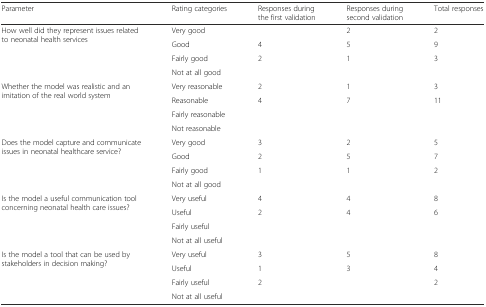
| Parameter | Rating categories | Responses during the first validation | Responses during second validation | Total responses |
 | --- | --- | --- | --- | --- |
 | <ROWSPAN=4> How well did they represent issues related to neonatal health services | Very good |  | 2 | 2 |
 | Good | 4 | 5 | 9 |
 | Fairly good | 2 | 1 | 3 |
 | Not at all good |  |  |  |
 | <ROWSPAN=4> Whether the model was realistic and an imitation of the real world system | Very reasonable | 2 | 1 | 3 |
 | Reasonable | 4 | 7 | 11 |
 | Fairly reasonable |  |  |  |
 | Not reasonable |  |  |  |
 | <ROWSPAN=4> Does the model capture and communicate issues in neonatal healthcare service? | Very good | 3 | 2 | 5 |
 | Good | 2 | 5 | 7 |
 | Fairly good | 1 | 1 | 2 |
 | Not at all good |  |  |  |
 | <ROWSPAN=4> Is the model a useful communication tool concerning neonatal health care issues? | Very useful | 4 | 4 | 8 |
 | Useful | 2 | 4 | 6 |
 | Fairly useful |  |  |  |
 | Not at all useful |  |  |  |
 | <ROWSPAN=4> Is the model a tool that can be used by stakeholders in decision making? | Very useful | 3 | 5 | 8 |
 | Useful | 1 | 3 | 4 |
 | Fairly useful | 2 |  | 2 |
 | Not at all useful |  |  |  |